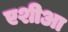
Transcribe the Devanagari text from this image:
एशीआ